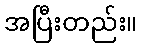
အပြီးတည်း။